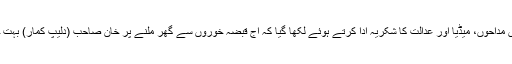
ٹوئیٹ میں مداحوں، میڈیا اور عدالت کا شکریہ ادا کرتے ہوئے لکھا گیا کہ آج قبضہ خوروں سے گھر ملنے پر خان صاحب (دلیپ کمار) بہت خوش ہیں۔